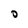
Character: O